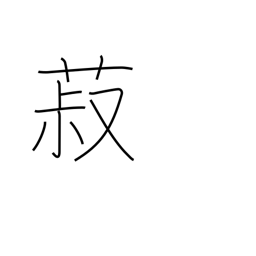
Meaning: beans